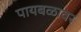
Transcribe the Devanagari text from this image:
पायबळावर